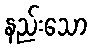
နည်းသော